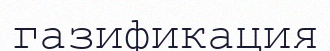
газификация